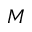
M